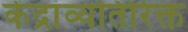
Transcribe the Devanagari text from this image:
केंद्रांव्यतिरिक्त